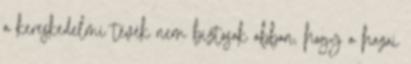
a kereskedelmi tévék nem biztosak abban, hogy a hazai